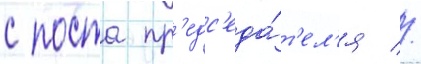
с поста пр'едс'еда́т'ел'я //